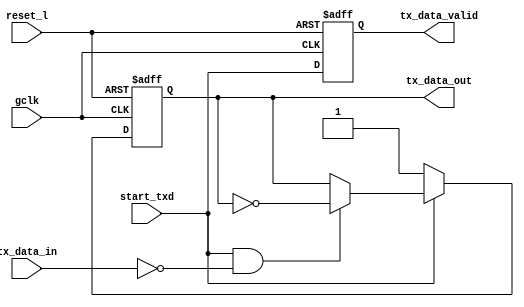
`timescale 1ns / 10ps


module nrzi_encode_ap(
	gclk, reset_l, start_txd, tx_data_in, tx_data_out, tx_data_valid);

input gclk;               	//global clock; 12 Mhz
input reset_l;              	//system reset; global; active low
input start_txd;		//enable txd pins
input tx_data_in;		//transmit data before encoder

output tx_data_out;		//nrzi out
output tx_data_valid;		// data valid signal to diff driver

reg tx_data_out;		//nrzi out
reg tx_data_valid;		// data valid signal to diff driver


always @(posedge gclk or negedge reset_l)
begin
  if (!reset_l)
    tx_data_valid <= #1 1'b0;
  else
    tx_data_valid <= #1 start_txd;
end
always @(posedge gclk or negedge reset_l)
begin
  if (!reset_l)
    tx_data_out <= #1 1'b1;		//default is 1; idle state
  else if (!start_txd)			//txd idle = 1
    tx_data_out <= #1 1'b1;
  else if (start_txd && !tx_data_in)	//switch level when tx_data_in = 0
    tx_data_out <= #1 !tx_data_out;
  else
    tx_data_out <= #1 tx_data_out;
end

endmodule